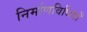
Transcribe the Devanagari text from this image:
निर्माणविधियाँ